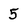
Character: 5